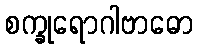
စက္ခုရောဂါဗာဓော